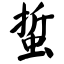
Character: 蜇